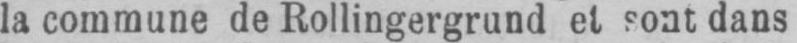
la commune de Rollingergrund et sont dans